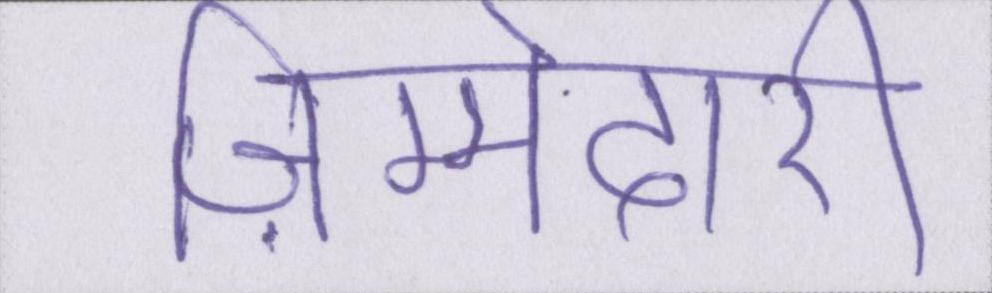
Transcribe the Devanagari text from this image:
ज़िम्मेदारी